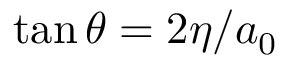
\tan { \theta } = 2 \eta / a _ { 0 }